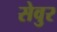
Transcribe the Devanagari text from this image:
सेवुर